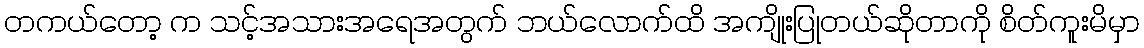
တကယ်တော့ က သင့်အသားအရေအတွက် ဘယ်လောက်ထိ အကျိုးပြုတယ်ဆိုတာကို စိတ်ကူးမိမှာ